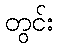
တွင်း